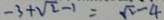
- 3 + \sqrt { 2 } - 1 = \sqrt { 2 } - 4